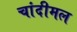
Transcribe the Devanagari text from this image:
चांदीमल